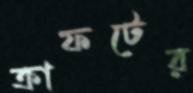
ক্রাফটের